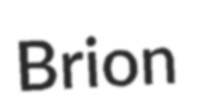
Brion